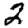
Digit: 2